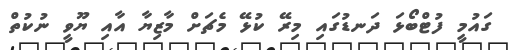
ގައުމީ ފުޓްބޯޅަ ދަނޑުގައި މިރޭ ކުޅޭ މެޗަށް މާޒިޔާ އާއި ޔޫވީ ނުކުތް